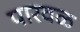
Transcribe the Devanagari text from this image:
पारवळ